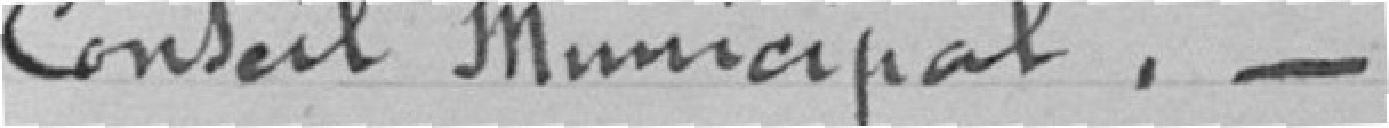
Conseil Municipal.